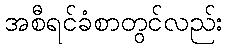
အစီရင်ခံစာတွင်လည်း